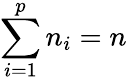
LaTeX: \sum\limits_{i=1}^{p}n_{i}=n